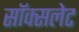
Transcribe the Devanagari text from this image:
सॉक्सलेट